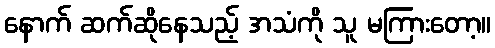
နောက် ဆက်ဆိုနေသည့် အသံကို သူ မကြားတော့။